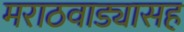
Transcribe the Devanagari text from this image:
मराठवाड्यासह